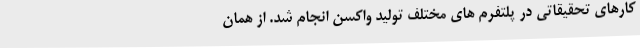
کارهای تحقیقاتی در پلتفرم های مختلف تولید واکسن انجام شد. از همان